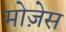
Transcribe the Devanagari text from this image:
मोजे़स